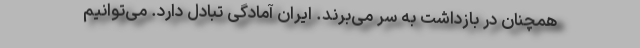
همچنان در بازداشت به سر می‌برند. ایران آمادگی تبادل دارد. می‌توانیم